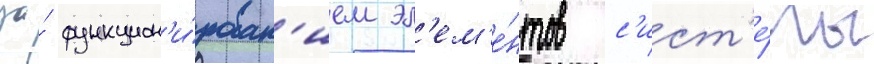
за́ функцион'и́рован'ием эл'ем'е́нтов с'ист'е́мы